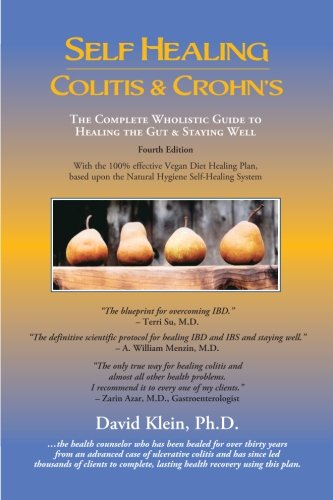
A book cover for Self Healing Colitis & Crohn's 4th Edition; David Klein; Health, Fitness & Dieting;